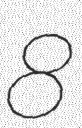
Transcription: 8